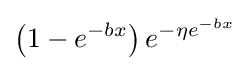
\left(1-e^{-bx}\right)e^{-\eta e^{-bx}}